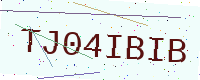
Text: TJ04IBIB